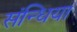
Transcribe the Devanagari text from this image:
संन्धिया